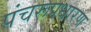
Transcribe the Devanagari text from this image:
पंचरूपधारण